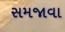
સમજાવા